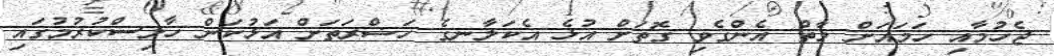
ޖެހުމާއި ހަމައަށް މާތް އެންގެވި ގޮތަށް އުޅެ އެކަލާނގެ ހަޟްރަތަށް އަޅުކަން ހާލިސްކުރުމުގައި